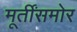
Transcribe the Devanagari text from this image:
मूर्तींसमोर